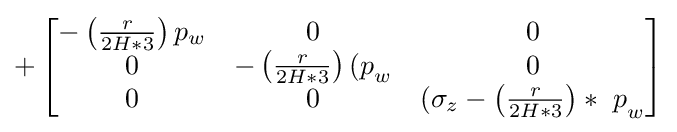
+\left[{\begin{matrix}-\left({\frac {r}{2H\ast 3}}\right){p}_{w}&0&0\\0&-\left({\frac {r}{2H\ast 3}}\right){(p}_{w}&0\\0&0&(\sigma _{z}-{\left({\frac {r}{2H\ast 3}}\right)\ast \ p}_{w}\\\end{matrix}}\right]